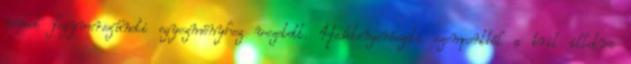
német fegyverszüneti egyezményhez vezetett. Haditengerészeti szempontból a brit illetve